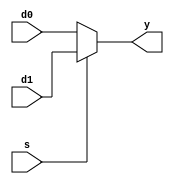
//32-bit 2-to-1 MUX
module mx2_32bits(y, s, d0, d1);
	input [31:0] d0, d1; //input d0, d1
	input s; 				//selection
	output [31:0] y; 		//y
	
	assign y = (s==0) ? d0:d1;
	
endmodule